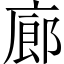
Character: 廊